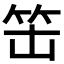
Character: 𱷱